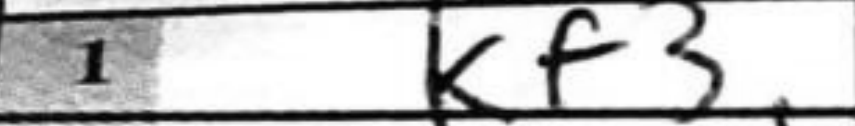
Transcription: Kf3